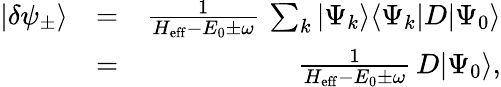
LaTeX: \begin{array}{rlr}{|\delta\psi_{\pm}\rangle}&{=}&{\frac{1}{H_{\mathrm{eff}}-E_{0}\pm\omega}\, \sum_{k}|\Psi_{k}\rangle\langle\Psi_{k}|D|\Psi_{0}\rangle}\\ &{=}&{\frac{1}{H_{\mathrm{eff}}-E_{0}\pm\omega}\, D|\Psi_{0}\rangle,}\end{array}